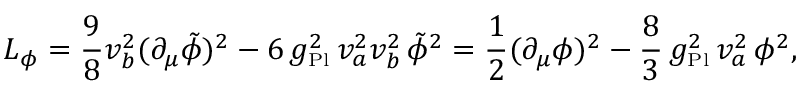
{ \cal L } _ { \phi } = \frac { 9 } { 8 } v _ { b } ^ { 2 } ( \partial _ { \mu } \tilde { \phi } ) ^ { 2 } - 6 \, { g _ { \mathrm { \scriptscriptstyle P l } } ^ { 2 } } \, v _ { a } ^ { 2 } v _ { b } ^ { 2 } \, \tilde { \phi } ^ { 2 } = \frac { 1 } { 2 } ( \partial _ { \mu } \phi ) ^ { 2 } - \frac { 8 } { 3 } \, { g _ { \mathrm { \scriptscriptstyle P l } } ^ { 2 } } \, v _ { a } ^ { 2 } \, \phi ^ { 2 } ,